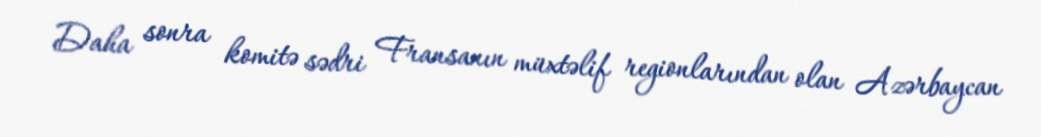
Daha sonra komitə sədri Fransanın müxtəlif regionlarından olan Azərbaycan